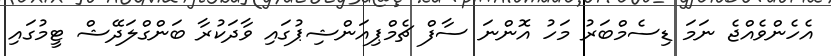
އެހެންވެއްޖެ ނަމަ ޑިސެމްބަރު މަހު އޮންނަ ސާފް ޗެމްޕިއަންޝިޕުގައި ވާދަކުރާ ބަންގްލަދޭޝް ޓީމުގައި